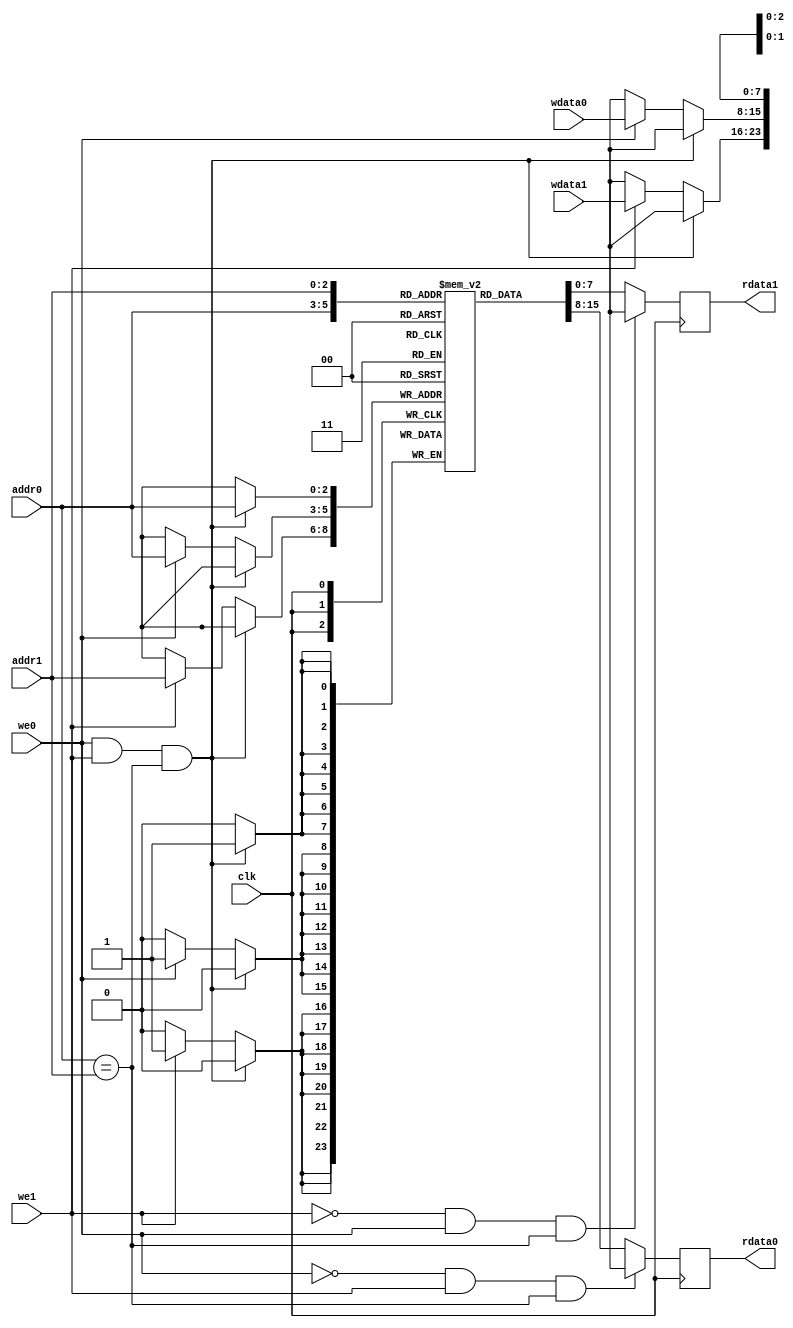
// sync memory
module dual_port_memory(clk, we0, we1, addr0, addr1, wdata0, wdata1, rdata0, rdata1);

   parameter DATA_DEPTH = 3;
   parameter DATA_WIDTH = 8;

   input clk;
   input we0, we1;
   input [DATA_DEPTH-1:0] addr0, addr1; // [1:0]
   input [DATA_WIDTH-1:0] wdata0, wdata1; // [7:0]
   output reg [DATA_WIDTH-1:0] rdata0, rdata1; // [7:0]

   reg [DATA_WIDTH-1:0] memory [0:(1<<DATA_DEPTH)-1]; // [7:0] memory [0:7]   // (DATA_DEPTH^2)-1

   // Write data
   always @(posedge clk) begin
      if ((we0) & (we1) & (addr0 == addr1)) begin
	 memory[addr0] <= {DATA_WIDTH{1'bx}};
      end
      else begin
	 if (we0) 
	   memory[addr0] <= wdata0;

	 if (we1)
	   memory[addr1] <= wdata1;
      end
   end

   // Read data port 0
   always @(posedge clk) begin
      if ((~we0 & we1) & (addr0 == addr1))
	rdata0 <= {DATA_WIDTH{1'bx}};
      else
	rdata0 <= memory[addr0];
   end

   // Read data port 1
   always @(posedge clk) begin
      if ((~we1 & we0) & (addr0 == addr1))
	rdata1 <= {DATA_WIDTH{1'bx}};
      else
	rdata1 <= memory[addr1];
   end
   
endmodule